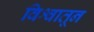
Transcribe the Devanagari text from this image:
विश्वातून